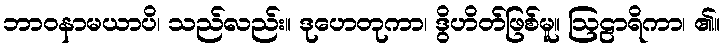
ဘာဝနာမယာပိ၊ သည်လည်း။ ဒုဟေတုကာ၊ ဒွိဟိတ်ဖြစ်မူ။ ဩဠာရိကာ၊ ၏။